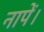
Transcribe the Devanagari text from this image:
नापें।